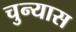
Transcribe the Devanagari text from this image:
चुन्यास